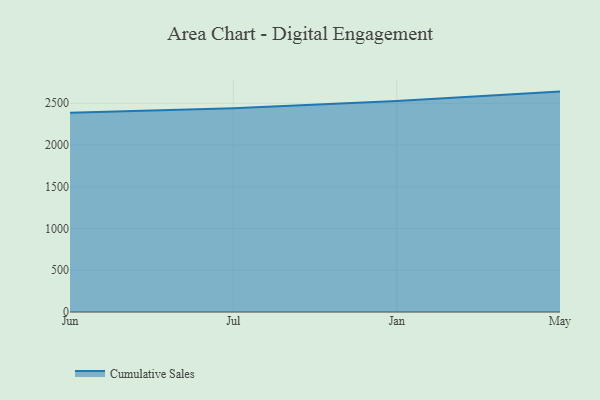
{"axis": {"x": "Month", "y": "Waste Production (Tons)"}, "legend": ["Cumulative Sales"], "data": [{"x": "Jun", "y": 2386.0, "type": "Cumulative Sales"}, {"x": "Jul", "y": 2440.5, "type": "Cumulative Sales"}, {"x": "Jan", "y": 2528.1, "type": "Cumulative Sales"}, {"x": "May", "y": 2639.7, "type": "Cumulative Sales"}]}